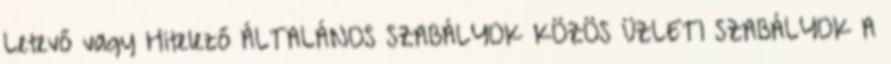
Letevő vagy Hitelező ÁLTALÁNOS SZABÁLYOK KÖZÖS ÜZLETI SZABÁLYOK A